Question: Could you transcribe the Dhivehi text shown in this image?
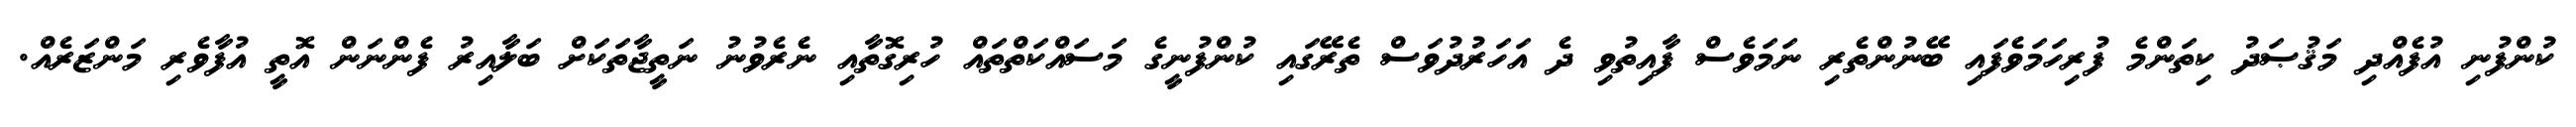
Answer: ކުންފުނި އުފެއްދި މަޤުޞަދު ކިތަންމެ ފުރިހަމަވެފައި ބޭނުންތެރި ނަމަވެސް ފާއިތުވި ދެ އަހަރުދުވަސް ތެރޭގައި ކުންފުނީގެ މަސައްކަތްތައް ހުރިގޮތާއި ނެރެވުނު ނަތީޖާތަކަށް ބަލާއިރު ފެންނަން އޮތީ އުފާވެރި މަންޒަރެއް.